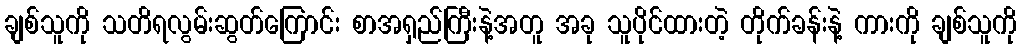
ချစ်သူကို သတိရလွမ်းဆွတ်ကြောင်း စာအရှည်ကြီးနဲ့အတူ အခု သူပိုင်ထားတဲ့ တိုက်ခန်းနဲ့ ကားကို ချစ်သူကို